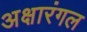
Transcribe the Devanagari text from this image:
अक्षारंगल